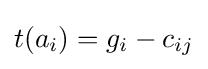
t(a_{i})=g_{i}-c_{ij}